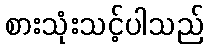
စားသုံးသင့်ပါသည်